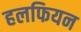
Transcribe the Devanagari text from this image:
हलफियन